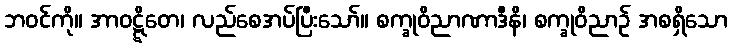
ဘဝင်ကို။ အာဝဋ္ဋိတေ၊ လည်စေအပ်ပြီးသော်။ စက္ခုဝိညာဏာဒီနိ၊ စက္ခုဝိညာဉ် အစရှိသော